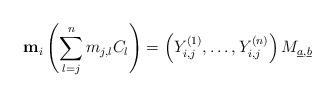
LaTeX: \begin{align*} \bold{m}_{i}\left(\sum_{l=j}^{n}m_{j,l}C_{l}\right)=\left(Y^{(1)}_{i,j},\ldots,Y^{(n)}_{i,j}\right)M_{\underline{a},\underline{b}}\end{align*}